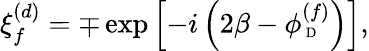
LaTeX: \xi_{f}^{(d)}=\mp\exp\left[-i\left(2\beta-\phi_{\mathrm{{\scriptsize~D}}}^{(f)}\right)\right],